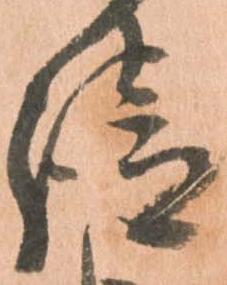
請